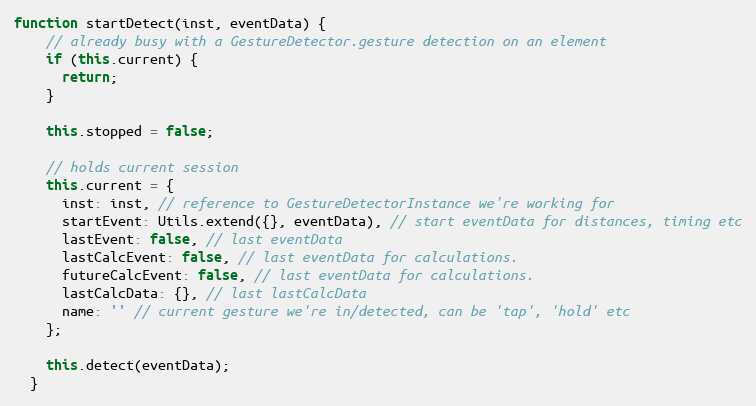
Language: JavaScript
function startDetect(inst, eventData) {
    // already busy with a GestureDetector.gesture detection on an element
    if (this.current) {
      return;
    }

    this.stopped = false;

    // holds current session
    this.current = {
      inst: inst, // reference to GestureDetectorInstance we're working for
      startEvent: Utils.extend({}, eventData), // start eventData for distances, timing etc
      lastEvent: false, // last eventData
      lastCalcEvent: false, // last eventData for calculations.
      futureCalcEvent: false, // last eventData for calculations.
      lastCalcData: {}, // last lastCalcData
      name: '' // current gesture we're in/detected, can be 'tap', 'hold' etc
    };

    this.detect(eventData);
  }